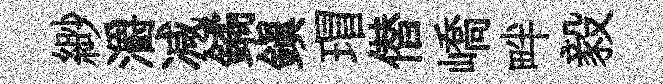
緲灂减鐍鎮瑁僣嶠畔毅